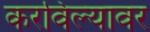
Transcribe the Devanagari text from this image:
करविल्यावर